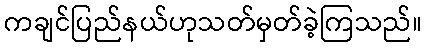
ကချင်ပြည်နယ်ဟုသတ်မှတ်ခဲ့ကြသည်။